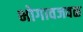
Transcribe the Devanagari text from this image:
भोगावजवळ